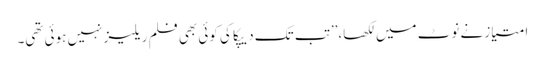
امتیاز نے نوٹ میں لکھا،’’تب تک دیپکا کی کوئی بھی فلم ریلیز نہیں ہوئی تھی۔